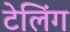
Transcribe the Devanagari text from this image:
टेलिंग